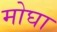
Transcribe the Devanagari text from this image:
मोघा